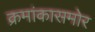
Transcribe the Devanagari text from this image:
क्रमांकासमोर